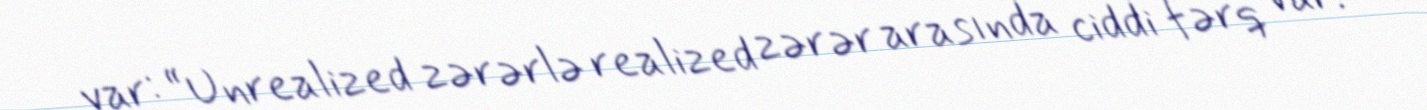
var: “Unrealized zərərlə realized zərər arasında ciddi fərq var.